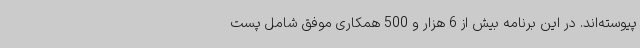
پیوسته‌اند. در این برنامه بیش از 6 هزار و 500 همکاری موفق شامل پست